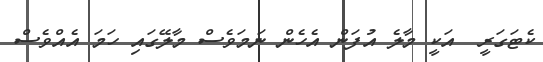
ކެޓަގަރީ  އަކީ މާލެ އުފަން އެހެން ނަމަވެސް މާލޭގައި ހަމަ އެއްވެސް